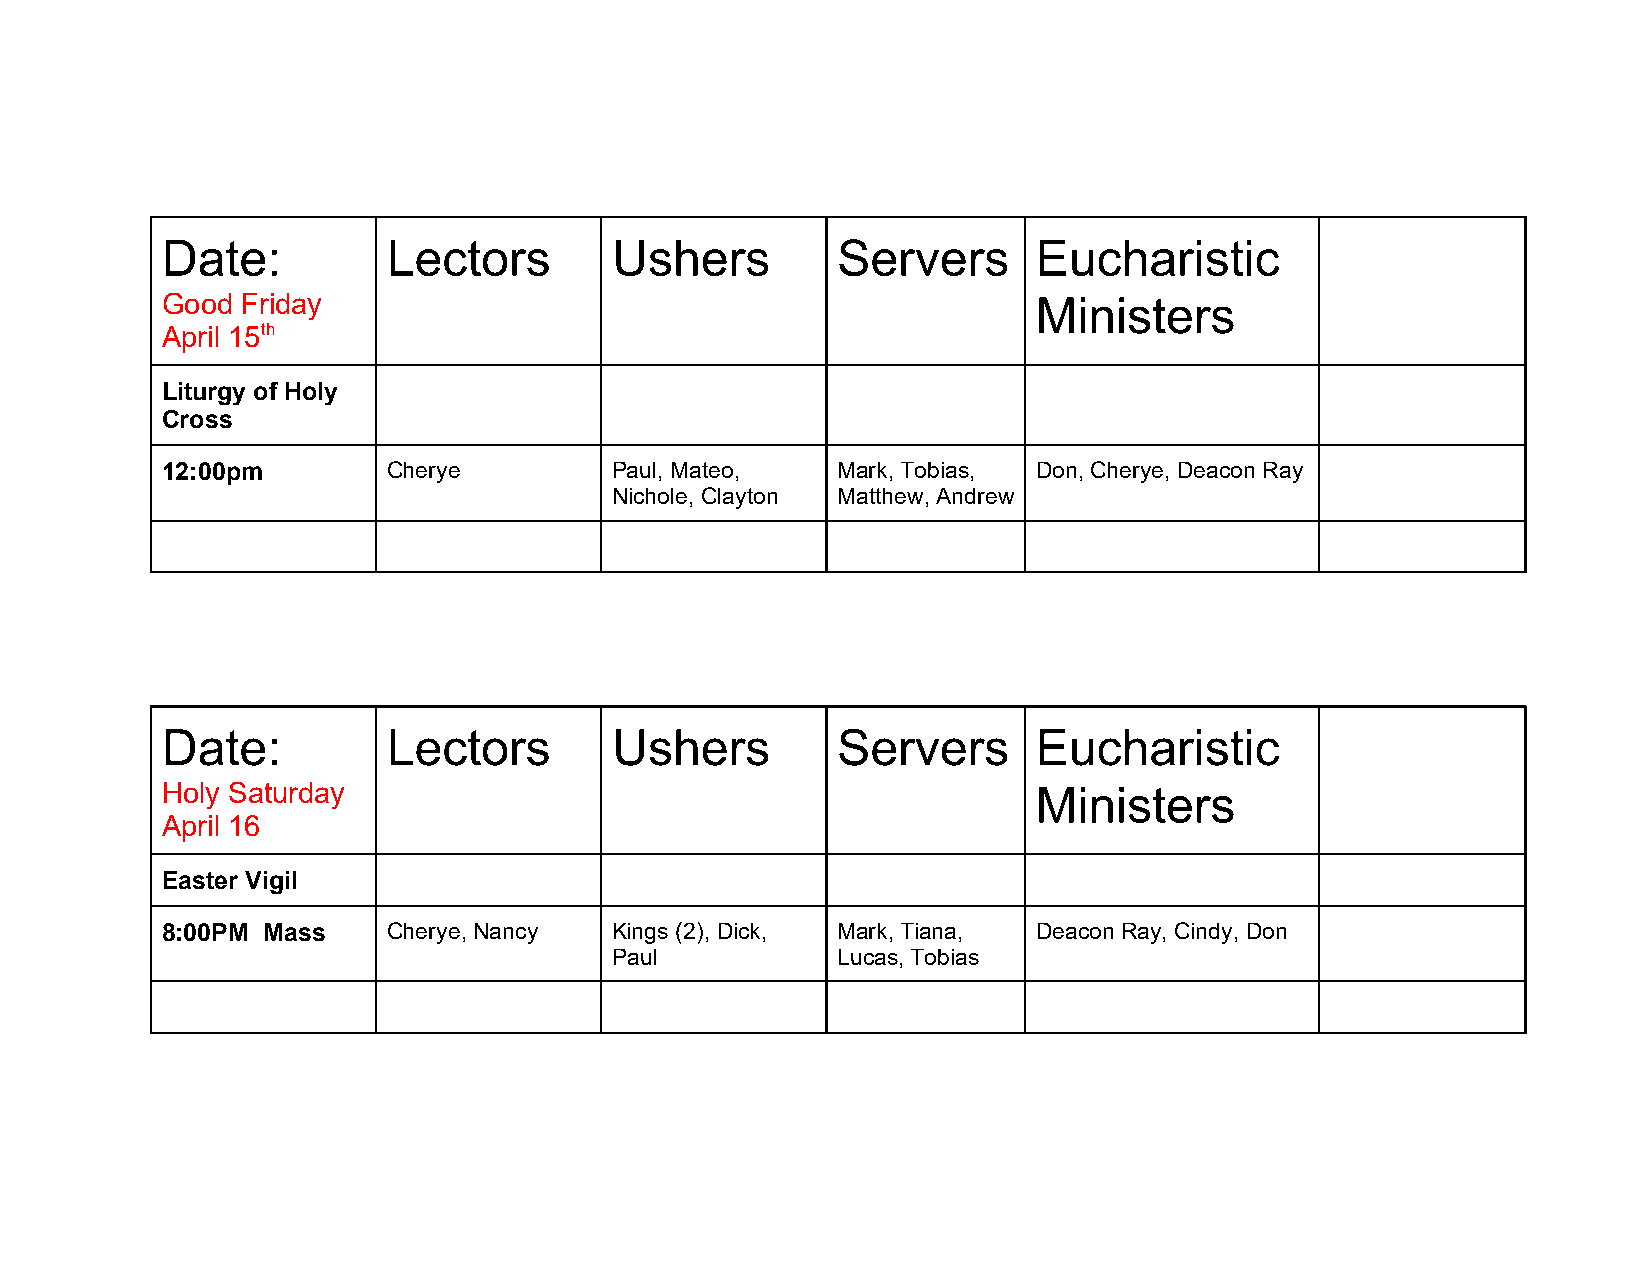
Date:          Lectors       Ushers         Servers       Eucharistic
 Good Friday                                               Ministers
 April 15th
 Liturgy of Holy
 Cross
 12:00pm        Cherye        Paul, Mateo,   Mark, Tobias, Don, Cherye, Deacon Ray
 Nichole, Clayton Matthew, Andrew
 Date:          Lectors       Ushers         Servers       Eucharistic
 Holy Saturday                                             Ministers
 April 16
 Easter Vigil
 8:00PM Mass    Cherye, Nancy Kings (2), Dick, Mark, Tiana, Deacon Ray, Cindy, Don
 Paul           Lucas, Tobias